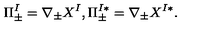
\Pi _ { \pm } ^ { I } = \nabla _ { \pm } X ^ { I } , \Pi _ { \pm } ^ { I * } = \nabla _ { \pm } X ^ { I * } .